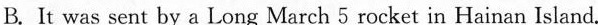
C.It will only fly on the orbit around the Mars.